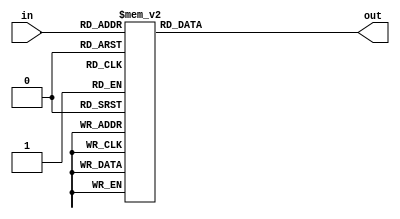
module led  (out,in);

	output[9:0] out;
	input [3:0] in;
	
	reg    [9:0] out;
	always @ (in)
		case (in)   
		4'd9: out <= 10'b1000000000;
		4'd8: out <= 10'b1100000000;
		4'd7: out <= 10'b1110000000;
		4'd6: out <= 10'b1111000000;
		4'd5: out <= 10'b1111100000;
		4'd4: out <= 10'b1111110000;
		4'd3: out <= 10'b1111111000;
		4'd2: out <= 10'b1111111100;
		4'd1: out <= 10'b1111111110;
		4'd0: out <= 10'b1111111111;
		default:
		 out <= 10'b0000000000;
		endcase
		
	endmodule